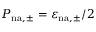
P _ { \mathrm { n { a } , \pm } } = \varepsilon _ { \mathrm { n { a } , \pm } } / 2